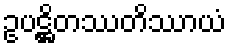
ဥပဋ္ဌိတဿတိဿာယံ